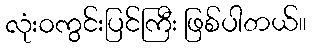
လုံးဝကွင်းပြင်ကြီး ဖြစ်ပါတယ်။